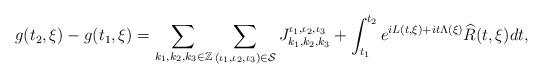
LaTeX: \begin{align*}g(t_2, \xi) - g(t_1, \xi)=\sum_{k_1,k_2,k_3\in \mathbb{Z}}\sum_{(\iota_1, \iota_2,\iota_3)\in \mathcal{S}} J^{\iota_1, \iota_2,\iota_3 }_{k_1,k_2, k_3} + \int_{t_1}^{t_2} e^{ i L(t,\xi) + i t \Lambda(\xi)}\widehat{R}(t,\xi) d t,\end{align*}